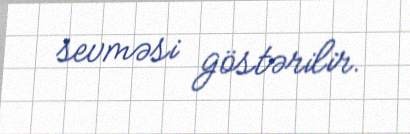
sevməsi göstərilir.